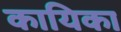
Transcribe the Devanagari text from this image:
कायिका